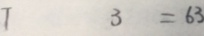
7 3 = 6 3